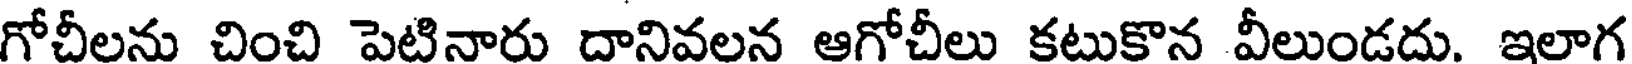
గోచీలను చించి పెటినారు దానివలన ఆగోచీలు కటుకొన వీలుండదు. ఇలాగ